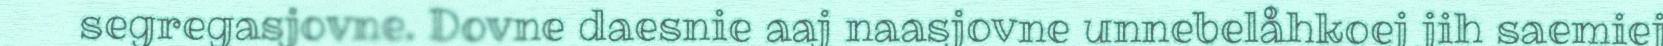
segregasjovne. Dovne daesnie aaj naasjovne unnebelåhkoej jih saemiej